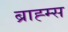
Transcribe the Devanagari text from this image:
ब्राह्म्स